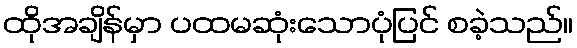
ထိုအချိန်မှာ ပထမဆုံးသောပုံပြင် စခဲ့သည်။